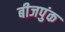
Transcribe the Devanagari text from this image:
बीजपुंक